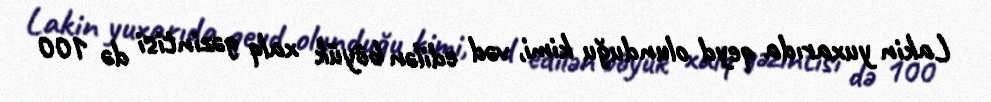
Lakin yuxarıda qeyd olunduğu kimi, vəd edilən böyük xalq gəzintisi də 100